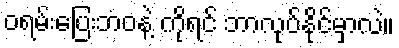
ဝရမ်းပြေးဘဝနဲ့ ကိုရင် ဘာလုပ်နိုင်မှာလဲ။